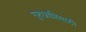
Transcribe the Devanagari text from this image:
गुरुप्राप्तिसाठी